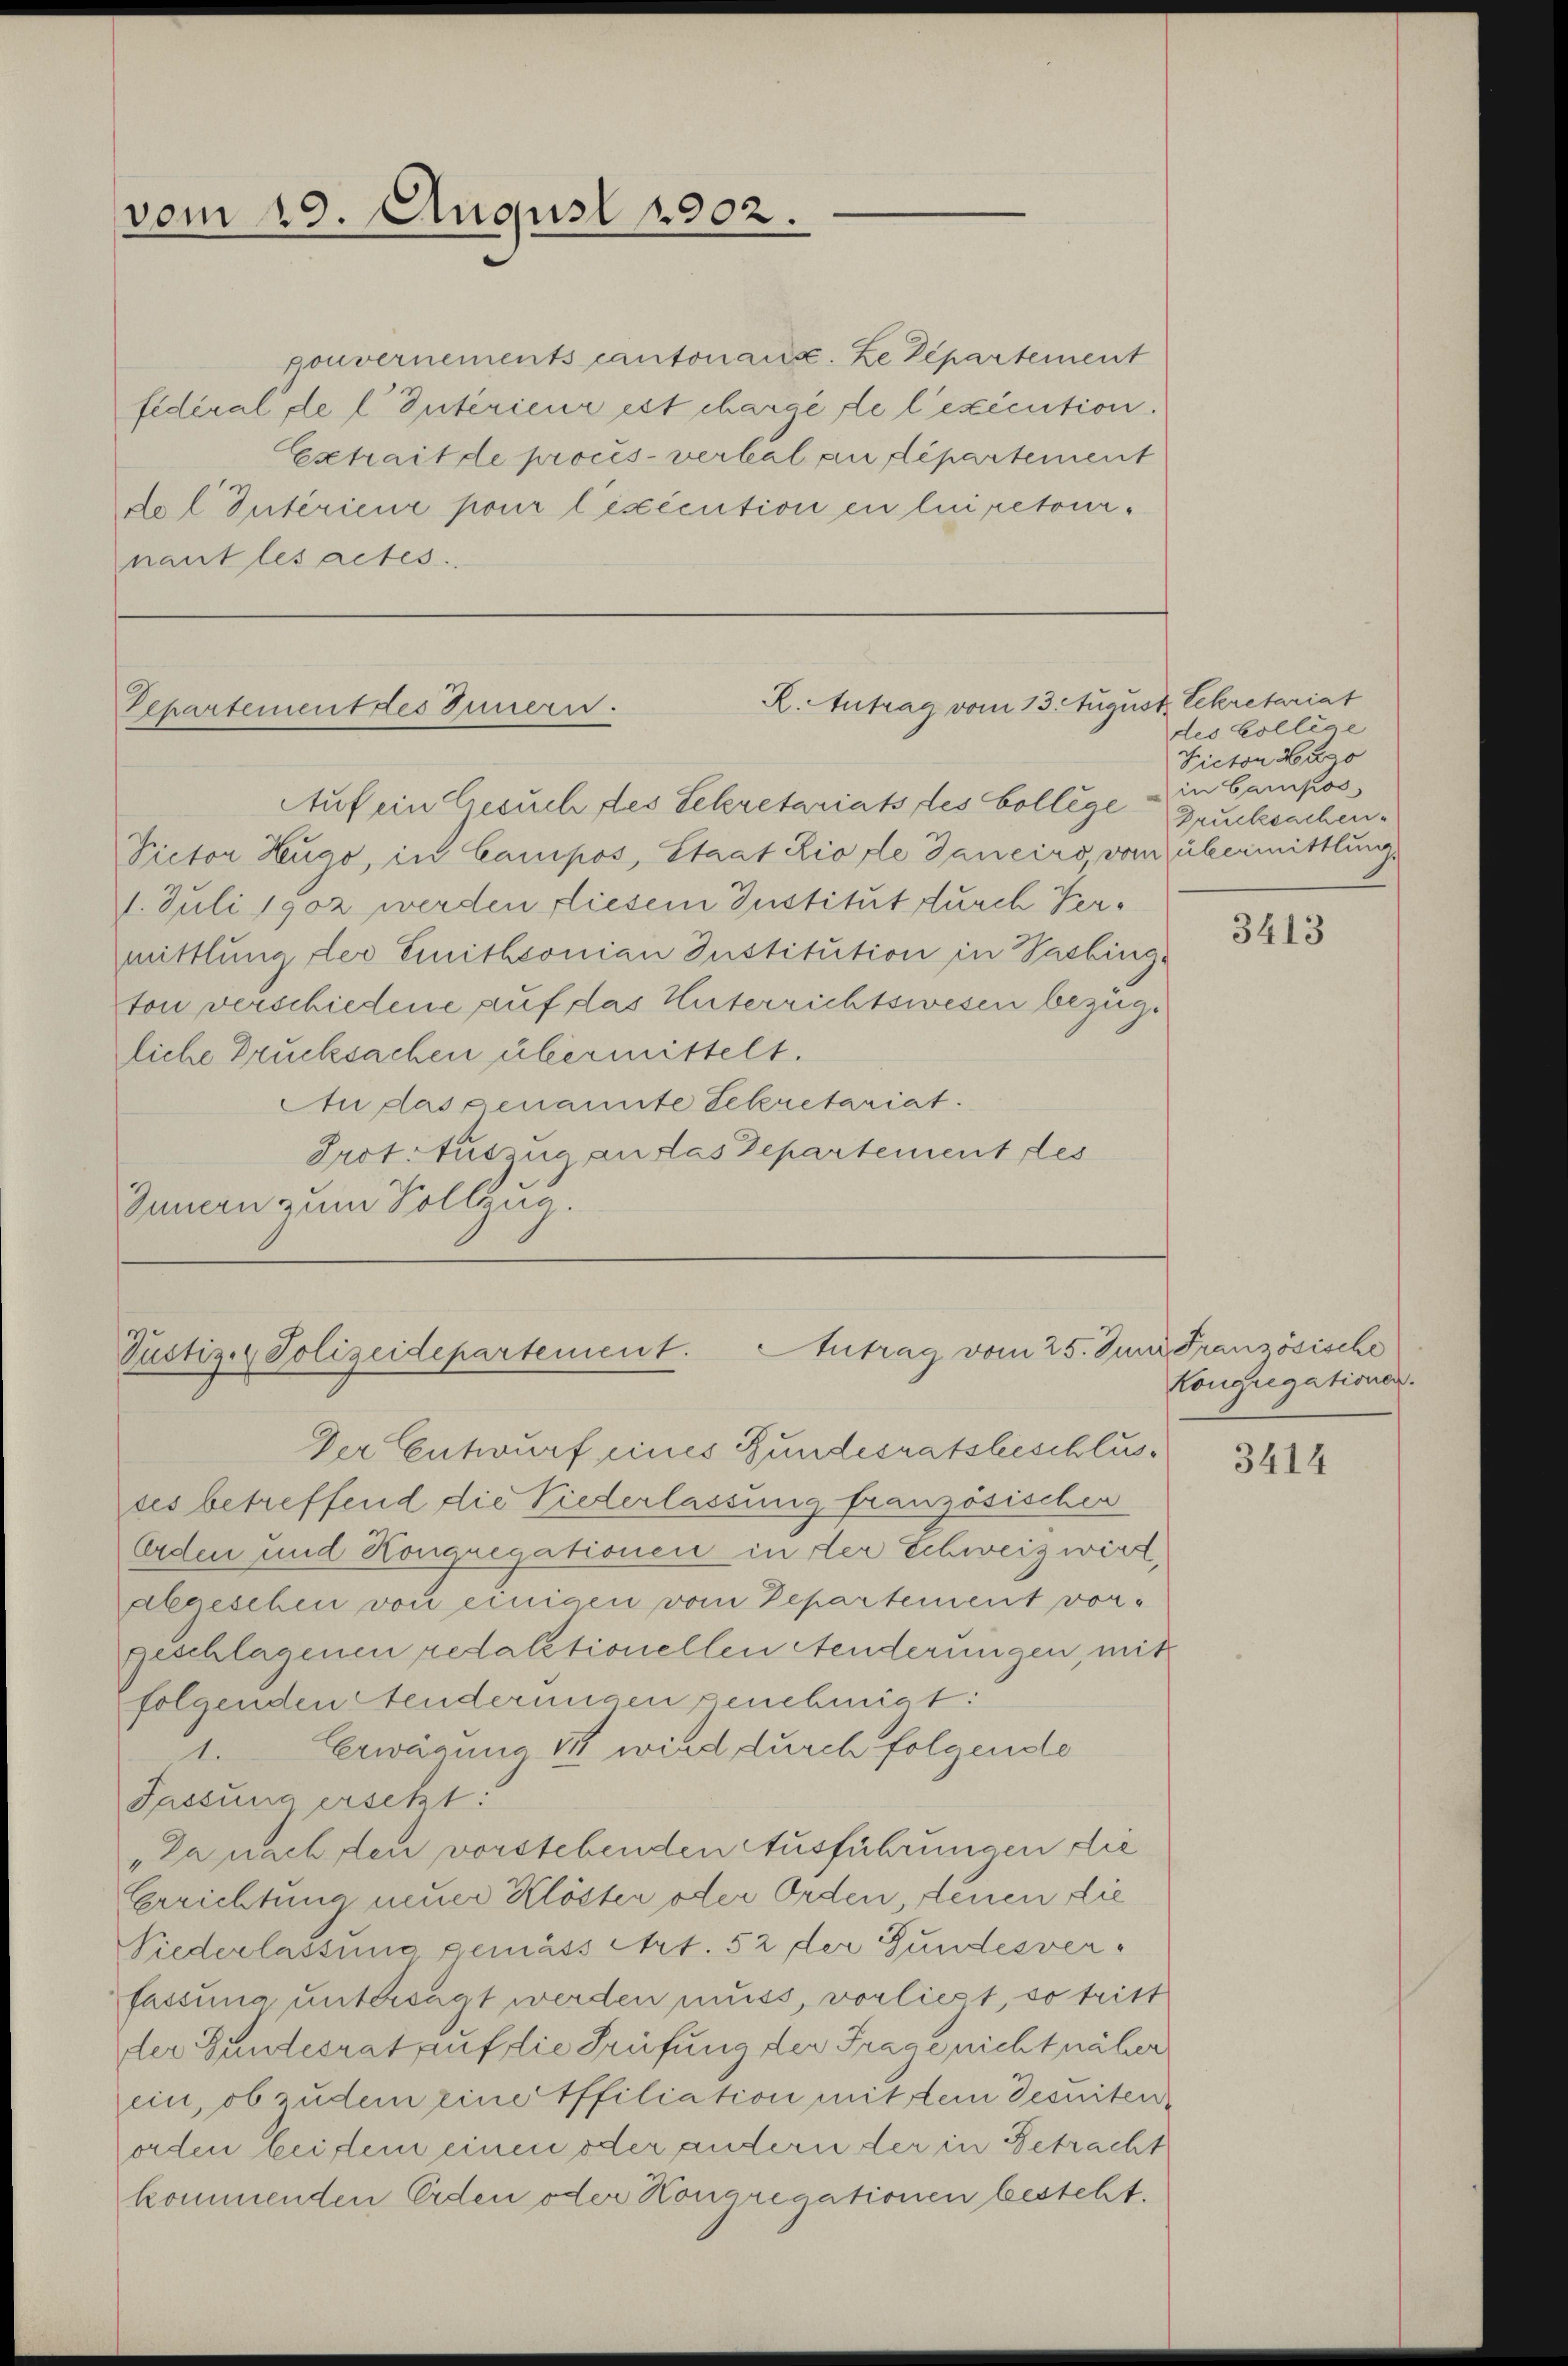
vom 19. August 1902.

gouvernements cantonars. Le Departement
fidéral de l Interieur est charge de l’exécution.
Extrait de procès-verbal an departement
dol Interiene pour lexécution en lui retournant les actes.

R. Antrag vom 13. August Sekretariat
Separtement des Innern.

Auf ein Gesuch des Sekretariats des College Grucksachen¬
Pictor Hugo, in Camipos, Staat zio de Janeiro, vom übermittlung,
11. Juli 1902 werden diesem Institut durch Vermittlung der Einithsonian Institution in Pasbington verschiedene auf das Unterrichtswesen bezügliche Drucksachen übermittelt.
Au das genannte Sekretariat.
Prot. Auszug an das Departement des
Innern zum Vollzug.

Justiz- & Polizeidepartement. Antrag vom 25. Juni Französische

Der Entwurf eines Bundesratsbeschlusses betreffend die Niederlassung französischen
Orden und Kongregationen in der Schweiz wirt,
Abgesehen von einigen vom Departement vor-
Geschlagenen redaktionellen Aenderungen, mit
folgenden Aenderungen genehmigt:
1. Erwägung in wird durch folgende
Jassuna ersetzt:
Da nach den vorstehenden Ausführungen die
Gerichtung neuer Klöster oder Orden, denen die
Niederlassung gemäss Art. 52 der Gundesverfassung untersagt werden muss, vorliegt, so tritt
der Gundesrat auf die Prüfung der Frage nicht näher
ein, ob zudem eine Effiliation mit dem Jesuiten
orden bei dem einen oder andern der in Betracht
kommenden Erden oder Honaregationen besteht.

des College
Victor Hugo
in Campos

3413

Kongregationen.

3414